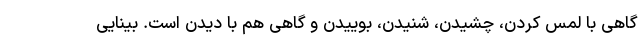
گاهی با لمس کردن، چشیدن، شنیدن، بوییدن و گاهی هم با دیدن است. بینایی